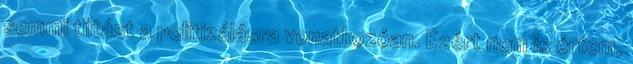
semmi tiltást a politizálásra vonatkozóan. Ezért nem is értem,